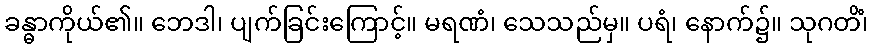
ခန္ဓာကိုယ်၏။ ဘေဒါ၊ ပျက်ခြင်းကြောင့်။ မရဏံ၊ သေသည်မှ။ ပရံ၊ နောက်၌။ သုဂတိံ၊